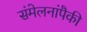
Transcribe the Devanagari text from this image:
संमेलनांपैकी